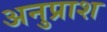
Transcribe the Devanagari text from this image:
अनुप्राश